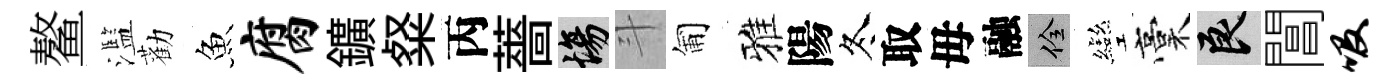
鳌濫勸魚腐鑛粲丙薔場斗匍雅陽冬取毋融佺彎稾良閶吸